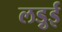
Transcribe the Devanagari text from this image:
लड़ुई